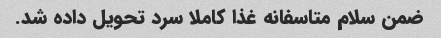
ضمن سلام متاسفانه غذا کاملا سرد تحویل داده شد.